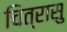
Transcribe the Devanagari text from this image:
चित्रासु